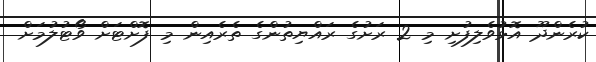
ކުރެންދޫ އޮޅުވެލިފުށި މި 2 ރަށުގެ ރައްޔިތުންގެ ތެރެއިން މި ފޮށްޓަށް ވޯޓުލުމަށް